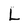
Character: L